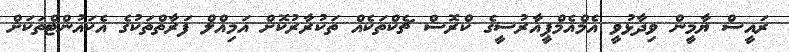
ރައީސް ޔާމީން ވިދާޅުވީ އެމްއެމްޕީއާރުސީގެ ކްރޮސް ޗެކްތަކެއް ތަކުރާރުކޮށް އަމިއްލް ފަރާތްތަކުގެ އެކައުންޓްތަކަށް